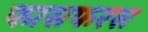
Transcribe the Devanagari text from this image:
फासफरस